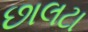
છાલટા